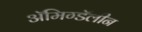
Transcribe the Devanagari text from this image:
ॲमिग्डॅलीन